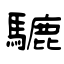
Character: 騼